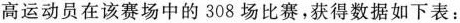
高运动员在该赛场中的308场比赛，获得数据如下表：